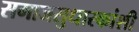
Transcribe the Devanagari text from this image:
समाजसुधारकांशी